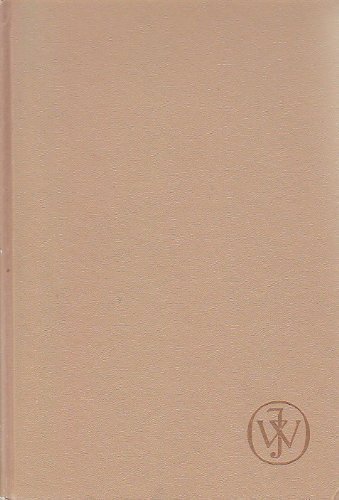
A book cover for Entrophy Generation Through Heat and Fluid Flow; Adrian Bejan; Science & Math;